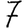
Digit: 7